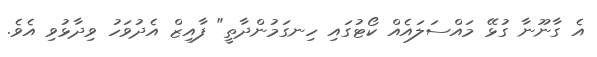
އެ ގާނޫނާ ގުޅޭ މައްސަލައެއް ކޯޓުގައި ހިނގަމުންދާތީ" ފާއިޒް އެދުވަހު ވިދާޅުވި އެވެ.